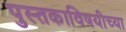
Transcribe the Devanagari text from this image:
पुस्तकाविषयीच्या